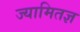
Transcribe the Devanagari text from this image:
ज्यामितज्ञ